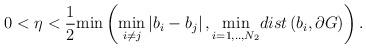
LaTeX: \begin{align*} 0<\eta<\frac{1}{2}{\min }\left(\underset{i\neq j}{\min }\left|b_{i}-b_{j}\right|,\underset{i=1,..,N_{2}}{\min }dist\left(b_{i},\partial G\right)\right).\end{align*}